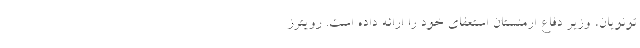
تونویان، وزیر دفاع ارمنستان استعفای خود را ارائه داده است. رویترز